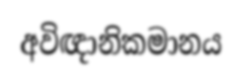
අවිඥානිකමානය